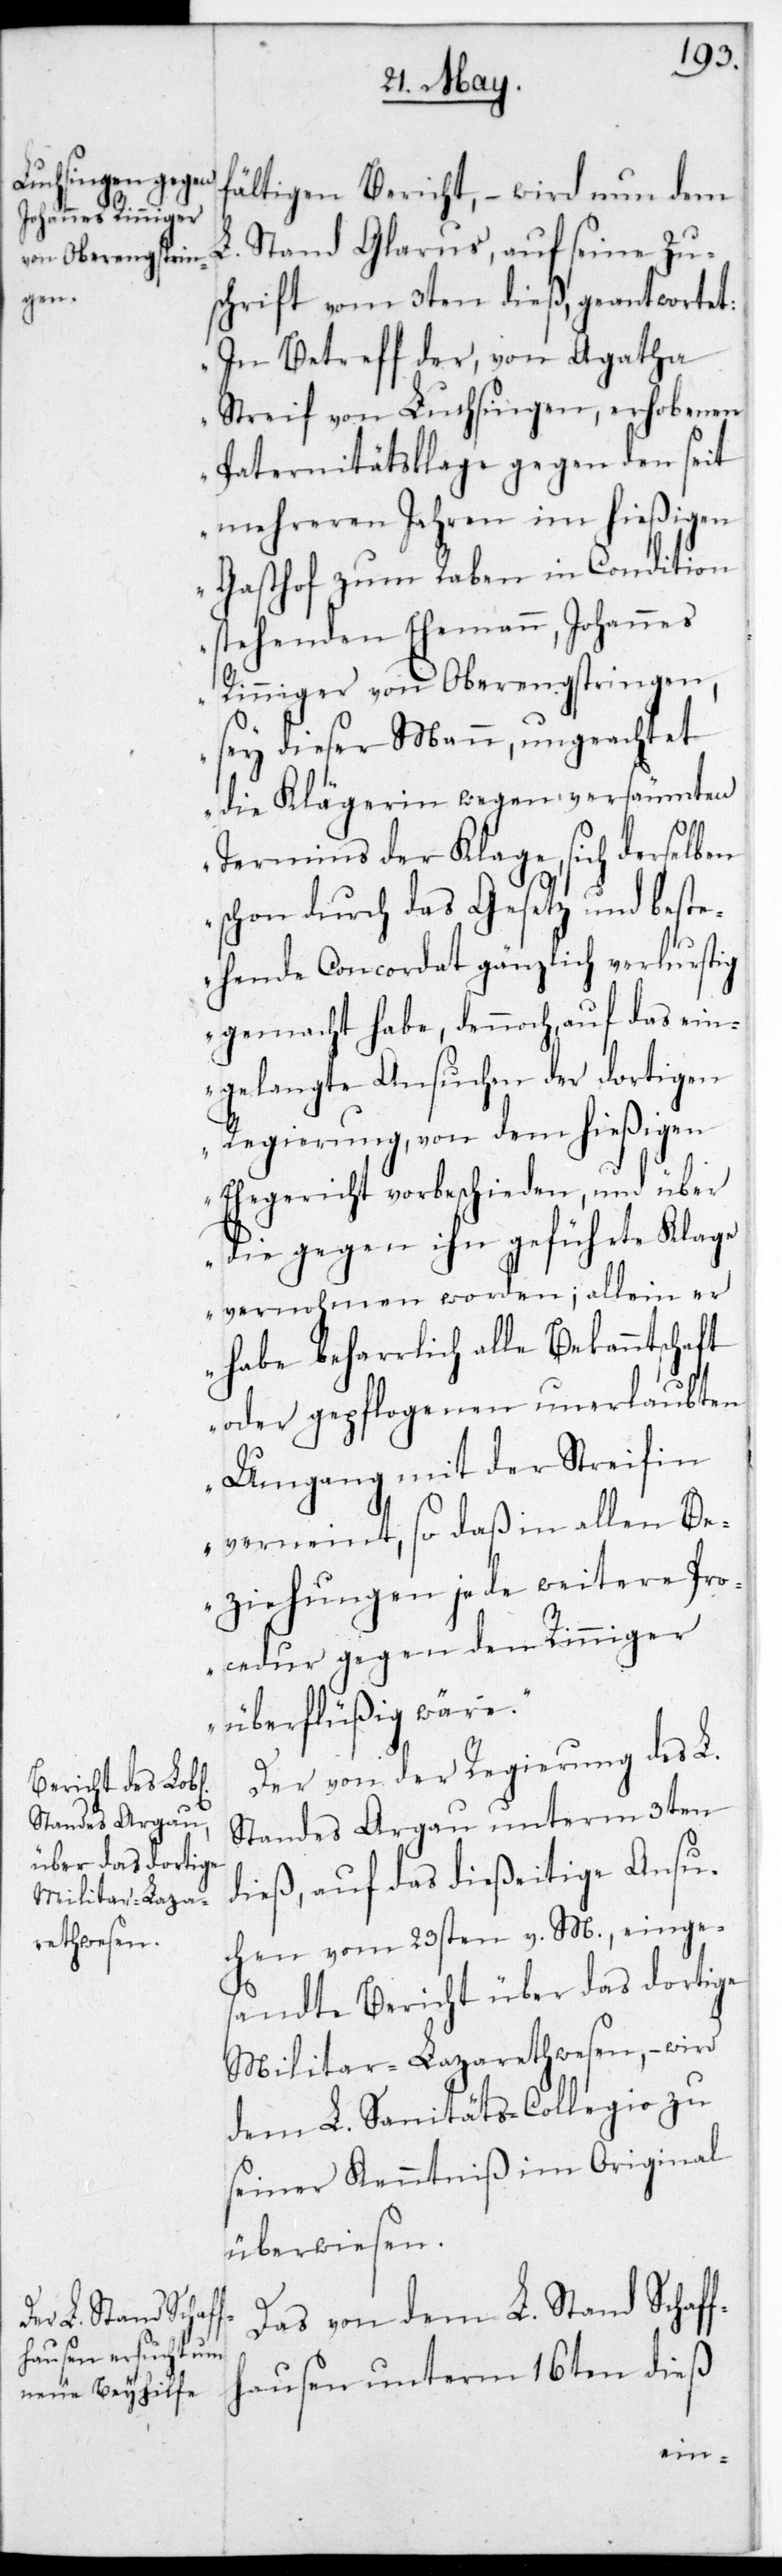
fältigen Bericht, – wird nun dem
L. Stand Glarus, auf seine Zu¬
schrift vom 3ten dieß, geantwortet:
„In Betreff der von Agatha
Streif von Luchsingen erhobenen
Paternitätsklage gegen den seit
mehreren Jahren im hießigen
Gasthof zum Raben in Condition
stehenden Ehemann, Johannes
Rinniger von Oberengstringen,
sey dieser Mann, ungeachtet
die Klägerin wegen versäumten
Termins der Klage, sich derselben
schon durch das Gesetz und beste¬
hende Concordat gänzlich verlustig
gemacht habe, dennoch auf das ein¬
gelangte Ansuchen der dortigen
Regierung, von dem hießigen
Ehegericht vorbeschieden, und über
die gegen ihn geführte Klage
vernommen worden; allein er
habe beharrlich alle Bekanntschaft
oder gepflogenen unerlaubten
Umgang mit der Streifin
verneint, so daß in allen Be¬
ziehungen jede weitere Pro¬
cedur gegen den Rinniger
überflüßig wäre.“
Der von der Regierung des L.
Standes Argau unterm 3ten
dieß, auf das dießeitige Ansu¬
chen vom 23sten v. M. einge¬
sandte Bericht über das dortige
Militär-Lazareth-Wesen, – wird
dem L. Sanitäts-Collegio zu
seiner Kenntniß im Original
überwiesen.
Das von dem L. Stand Schaf¬
fhausen unterm 16ten dieß